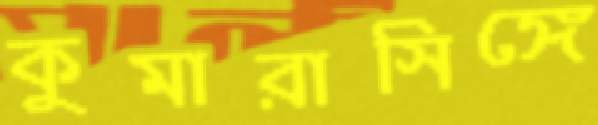
কুমারাসিঙ্গে